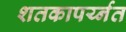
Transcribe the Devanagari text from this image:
शतकापर्य्नत